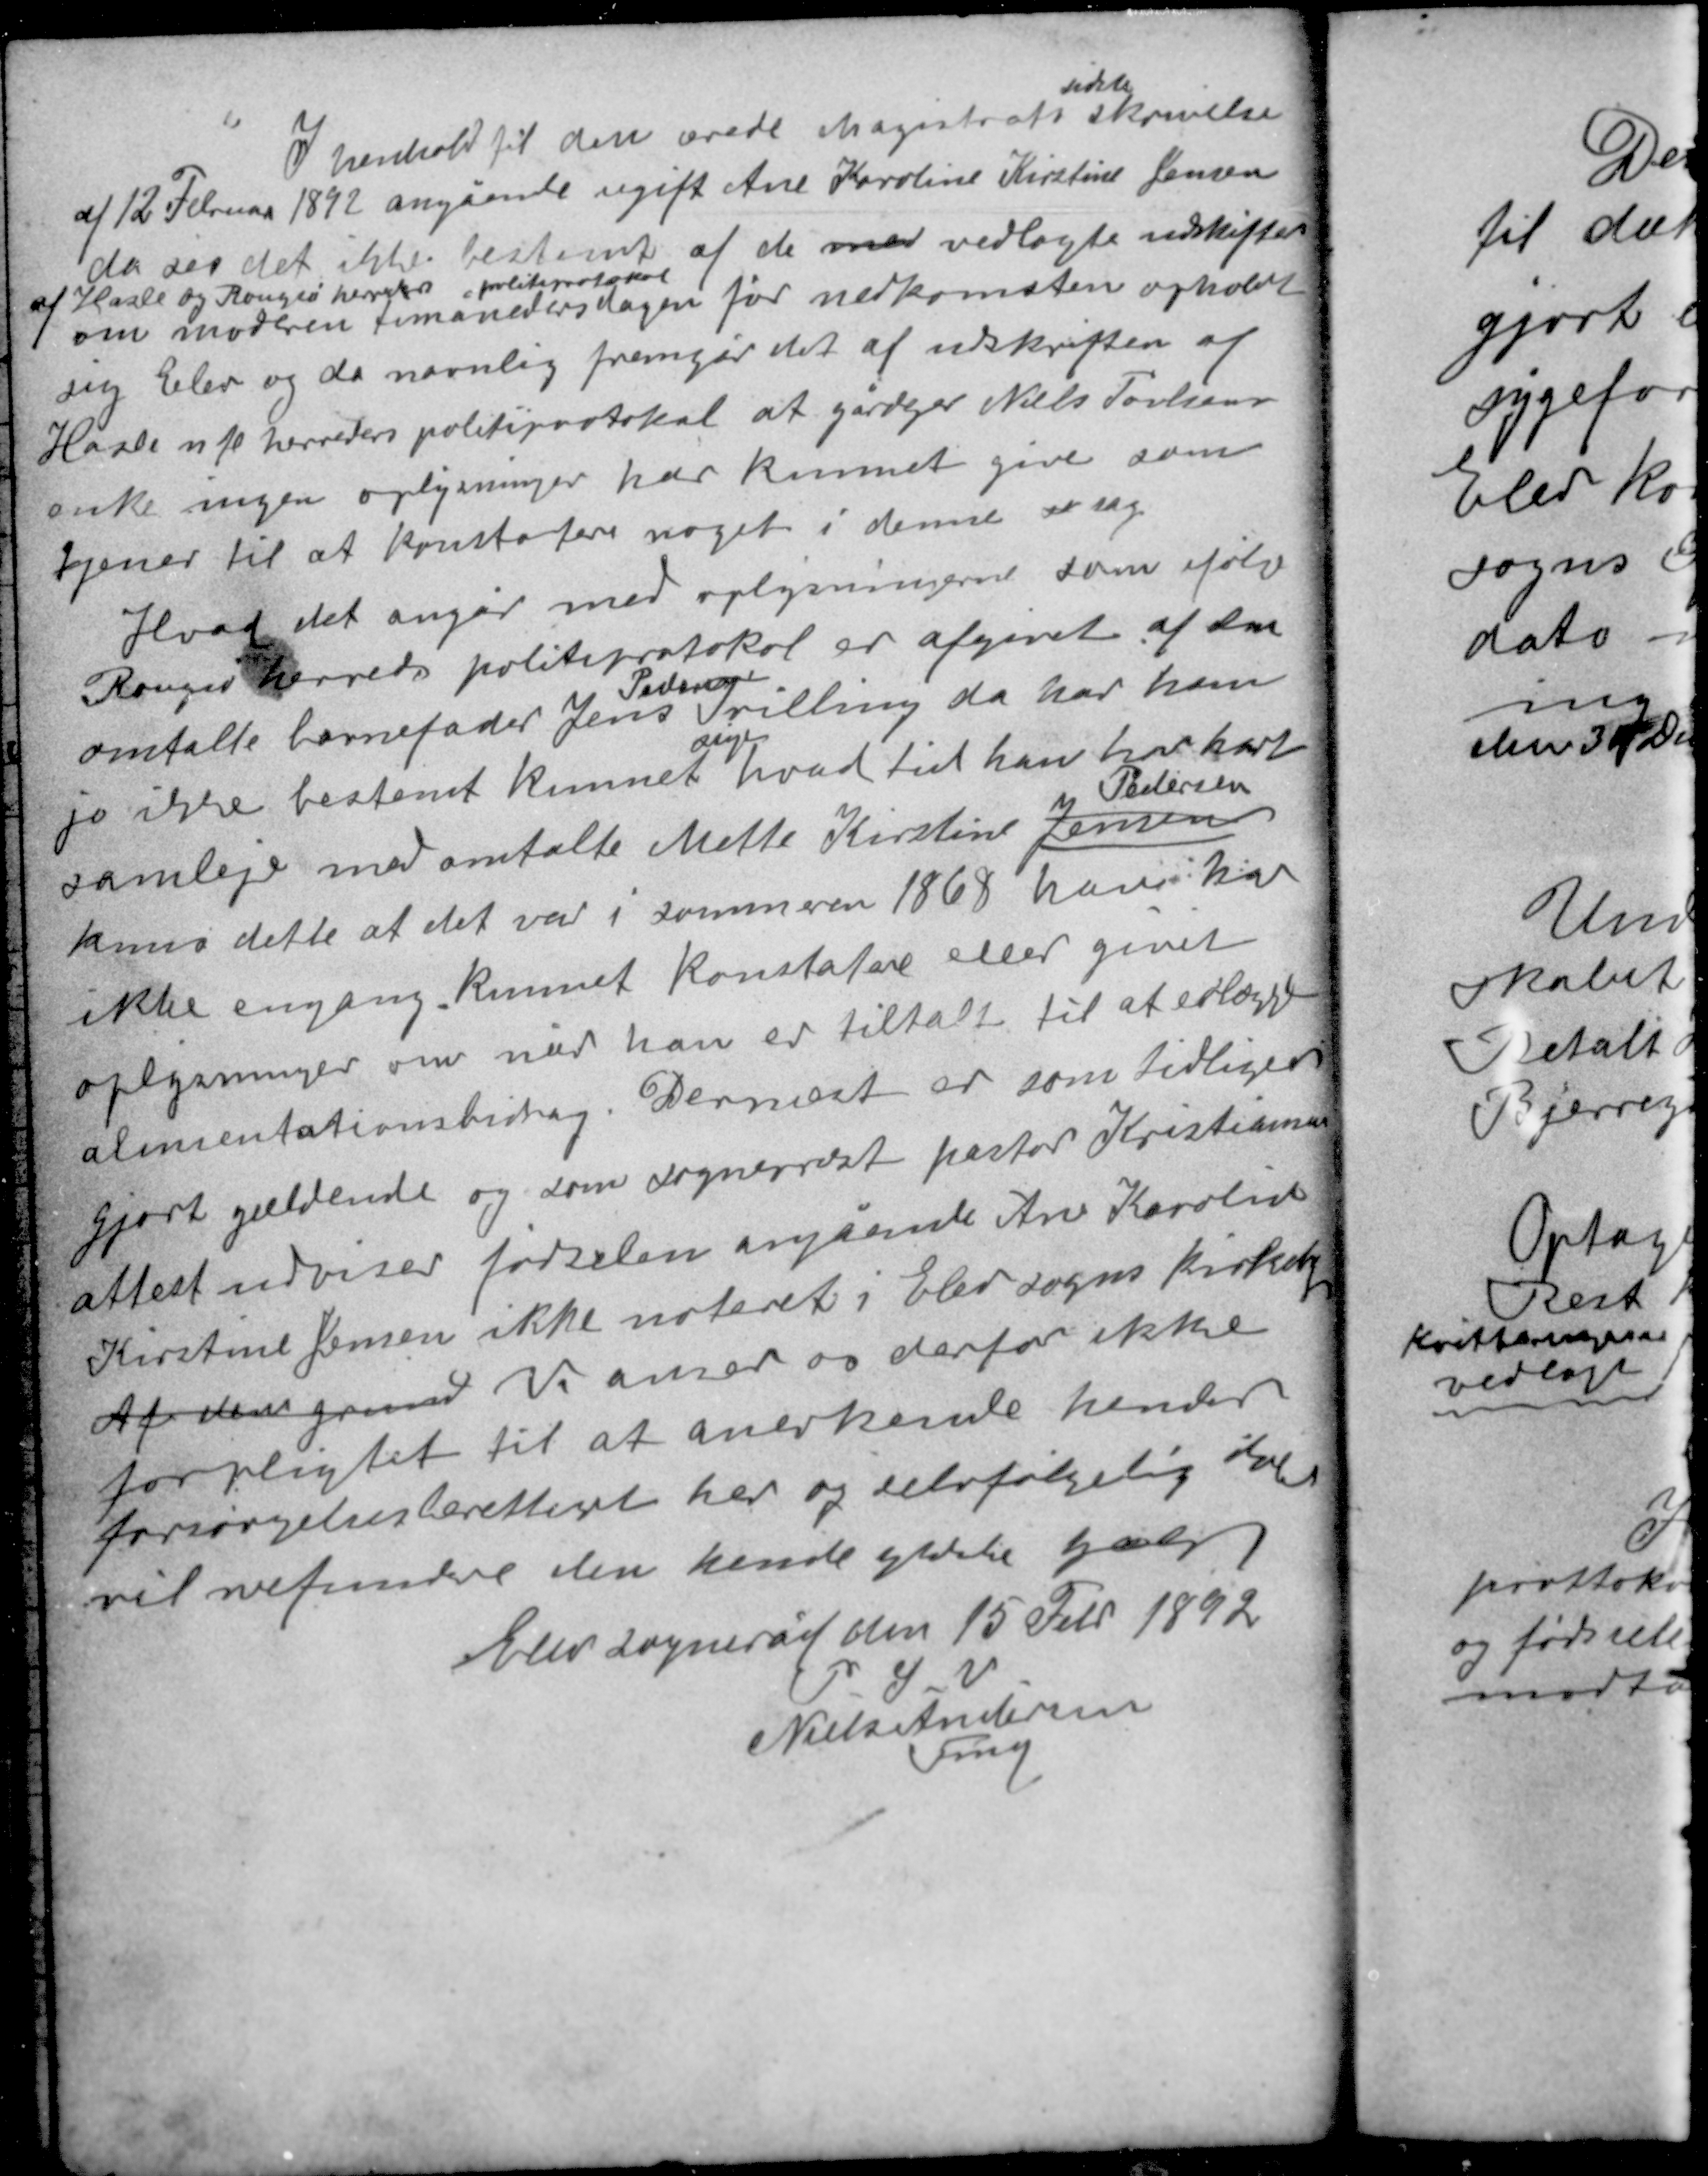
Transskription:
sidste
I henhold til den ærede Magistrats skrivelse
af 12 Februar 1892 angående ugift Ane Karoline Kirstine Jensen
da ses det ikke bestemt af de med vedlagte udskrifter
af Hasle og Rougsø herreders politiprotokol
om moderen timånedersdagen før nedkomsten opholdt
sig Elev og da navnlig fremgår det af udskriften af
Hasle mfl herreders politiprotokol at gårdejer Niels Povlsens
enke ingen oplysninger har kunnet give som
tjener til at konstatere noget i denne u sag.

Hvad det angår med oplysningerne som ifølge
Rougsø herreds politiprotokol er afgivet af den
Pedersen
omtalte barnefader Jens Tvilling da har han
sige
jo ikke bestemt kunnet hvad tid han har havt
Pedersen
samleje med omtalte Mette Kirstine Jensen
kuns dette at det var i sommeren 1868 have han
ikke engang kunnet konstatere eller givet
oplysninger om når han er tiltalt til at erlægge
alimentationsbidrag. Dernæst er som tidligere
gjort gældende og som sognepræst pastor Kristiansens
attest udviser fødselen angående Ane Karoline
Kirstine Jensen ikke noteret i Elev sogns kirkebog
Af den grund Vi anser os derfor ikke
forpligtet til at anerkende hende
forsørgelsesberettiget her og selvfølgelig ikke
vil refundere den hende ydede hjælp.

Elev sogneråd den 15 Febr 1892
P. S. V.
Niels Andersen
Fmd.